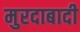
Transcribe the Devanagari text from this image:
मुरदाबादी